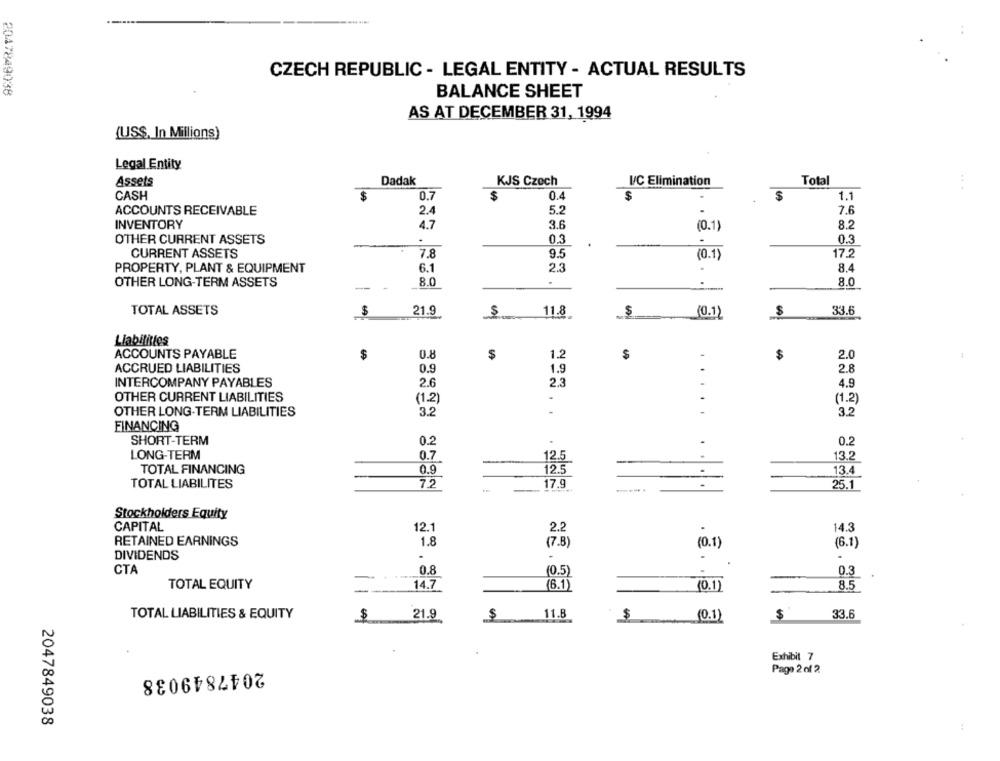
CZECH REPUBLIC - LEGAL ENTITY - ACTUAL RESULTS
2047849038
BALANCE SHEET
AS AT DECEMBER 31, 1994
{US$, In Millions)
Legal Entity
Assets
Dadak
KJS Czech
I/C Elimination
Total
CASH
$
0.7
$
0.4
$
.
1.1
ACCOUNTS RECEIVABLE
2.4
5.2
.
7.6
INVENTORY
4.7
3.6
(0.1)
8.2
OTHER CURRENT ASSETS
.
0.3
0.3
CURRENT ASSETS
7.8
9.5
(0.1)
17.2
.
PROPERTY, PLANT & EQUIPMENT
6.1
2.3
8.4
8.0
.
OTHER LONG-TERM ASSETS
-
8.0
TOTAL ASSETS
$
21.9
11.8
$
S
33.6
(0.1)
Liabilities
ACCOUNTS PAYABLE
$
0.8
$
1.2
$
$
2.0
ACCRUED LIABILITIES
0.9
1.9
.
2.8
INTERCOMPANY PAYABLES
2.6
2.3
-
4.9
OTHER CURRENT LIABILITIES
(1.2
.
(1.2)
..
OTHER LONG-TERM LIABILITIES
3.2
3.2
FINANCING
SHORT-TERM
0.2
0.2
LONG-TERM
0.7
12.5
13.2
TOTAL FINANCING
0.9
12.5
13.4
TOTAL LIABILITES
72
17.9
---.
....
25.1
Stockholders Equity
CAPITAL
12.1
2.2
.
14.3
RETAINED EARNINGS
1.8
(7.8)
(0.1)
(6.1
DIVIDENDS
.
-
.
.
CTA
0.8
(0.5)
0.3
TOTAL EQUITY
14.7
(6.1)
(0.1)
8.5
TOTAL LIABILITIES & EQUITY
21.9
$
(0.1)
$
33.6
$
$ 11.8
Exhibit 7
2047849038
Page 2 of 2
2047849038